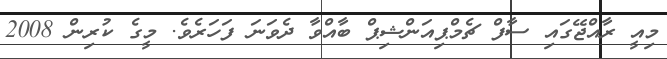
މިއީ ރާއްޖޭގައި ސާފް ޗެމްޕިއަންޝިޕް ބާއްވާ ދެވަނަ ފަހަރެވެ. މީގެ ކުރިން 2008